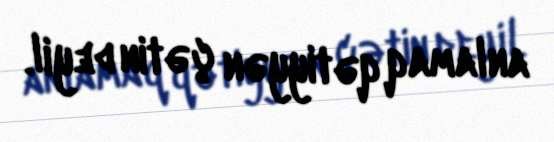
anlamaq qətiyyən çətin deyil.